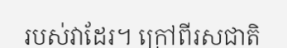
របស់វាដែរ។ ក្រៅពីរសជាតិ